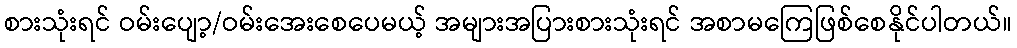
စားသုံးရင် ဝမ်းပျော့/ဝမ်းအေးစေပေမယ့် အများအပြားစားသုံးရင် အစာမကြေဖြစ်စေနိုင်ပါတယ်။